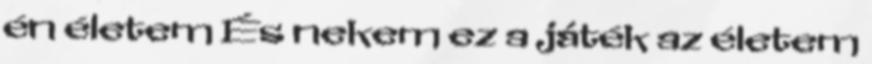
én életem És nekem ez a játék az életem